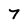
Character: 7